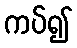
ကပ်၍